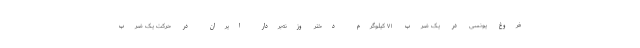
فروغ یونسی در یک ضرب ۷۱ کیلوگرم دختر وزنه‌بردار ایران در حرکت یک ضرب